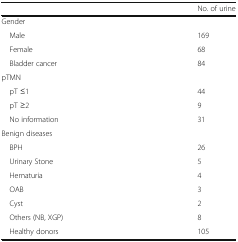
|  | No. of urine |
 | --- | --- |
 | <COLSPAN=2> Gender |
 | Male | 169 |
 | Female | 68 |
 | Bladder cancer | 84 |
 | <COLSPAN=2> pTMN |
 | pT ≤1 | 44 |
 | pT ≥2 | 9 |
 | No information | 31 |
 | <COLSPAN=2> Benign diseases |
 | BPH | 26 |
 | Urinary Stone | 5 |
 | Hematuria | 4 |
 | OAB | 3 |
 | Cyst | 2 |
 | Others (NB, XGP) | 8 |
 | Healthy donors | 105 |